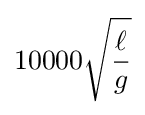
10000{\sqrt {\frac {\ell }{g}}}